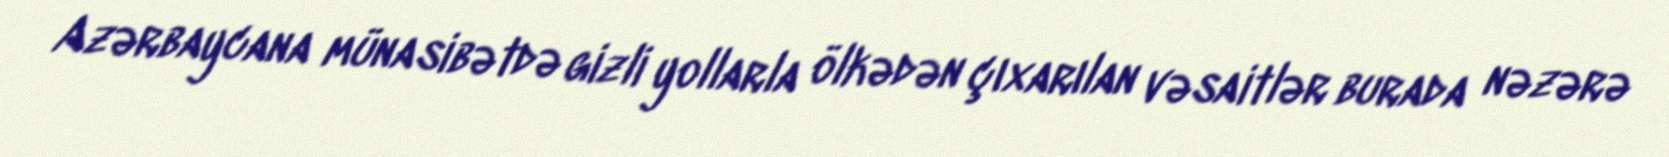
Azərbaycana münasibətdə gizli yollarla ölkədən çıxarılan vəsaitlər burada nəzərə